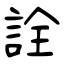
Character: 詮